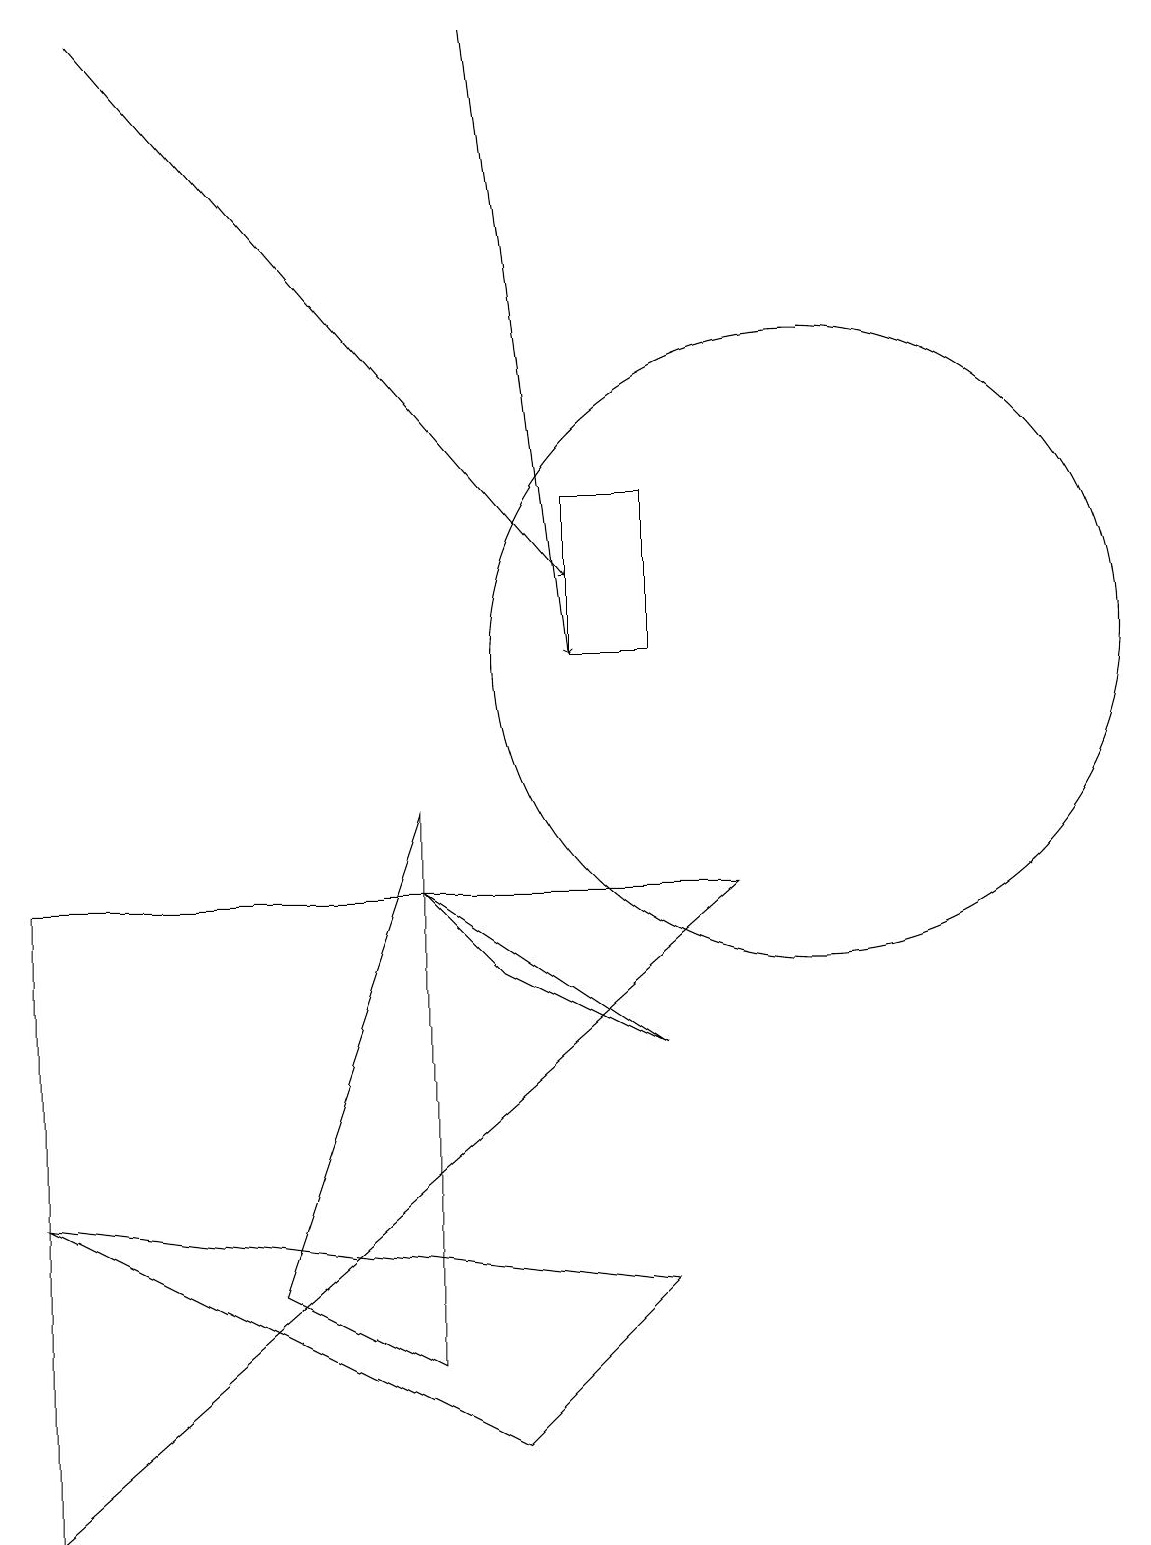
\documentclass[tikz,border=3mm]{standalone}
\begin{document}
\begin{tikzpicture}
\draw (8,13) rectangle (7,11);
\draw (10,11) circle (4);
\draw (0,0) -- (9,8) -- (0,8) -- cycle;
\draw (5,2) -- (5,9) -- (3,3) -- cycle;
\draw (5,8) -- (8,6) -- (6,7) -- cycle;
\draw[->] (1,19) -- (7,12);
\draw (0,4) -- (8,3) -- (6,1) -- cycle;
\draw[->] (6,19) -- (7,11);
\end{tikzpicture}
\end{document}